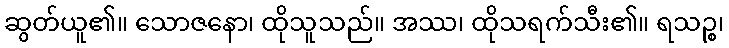
ဆွတ်ယူ၏။ သောဇနော၊ ထိုသူသည်။ အဿ၊ ထိုသရက်သီး၏။ ရသဉ္စ၊